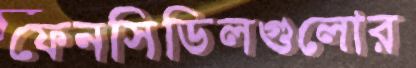
ফেনসিডিলগুলোর